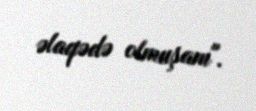
əlaqədə olmuşam".